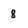
Character: 8